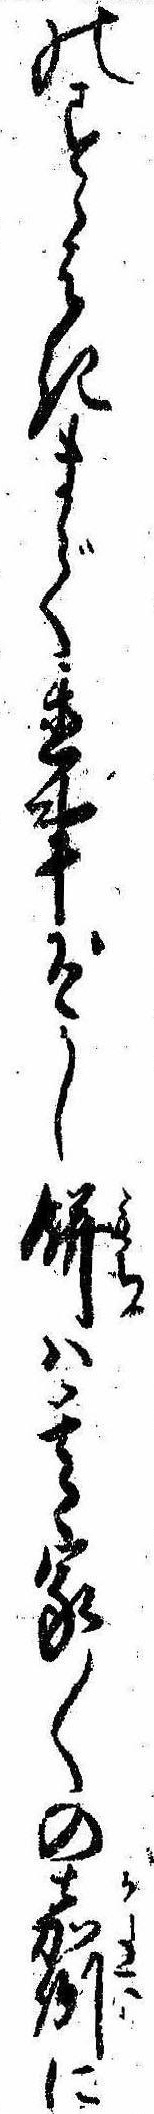
のすゝはきまで置事ぞかし餅は其家〱の嘉例に